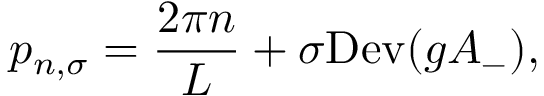
p _ { n , \sigma } = \frac { 2 \pi n } { L } + \sigma \mathrm { D e v } ( g A _ { - } ) ,